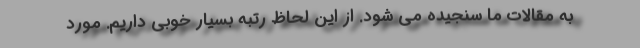
به مقالات ما سنجیده می شود. از این لحاظ رتبه بسیار خوبی داریم. مورد